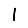
Digit: 1